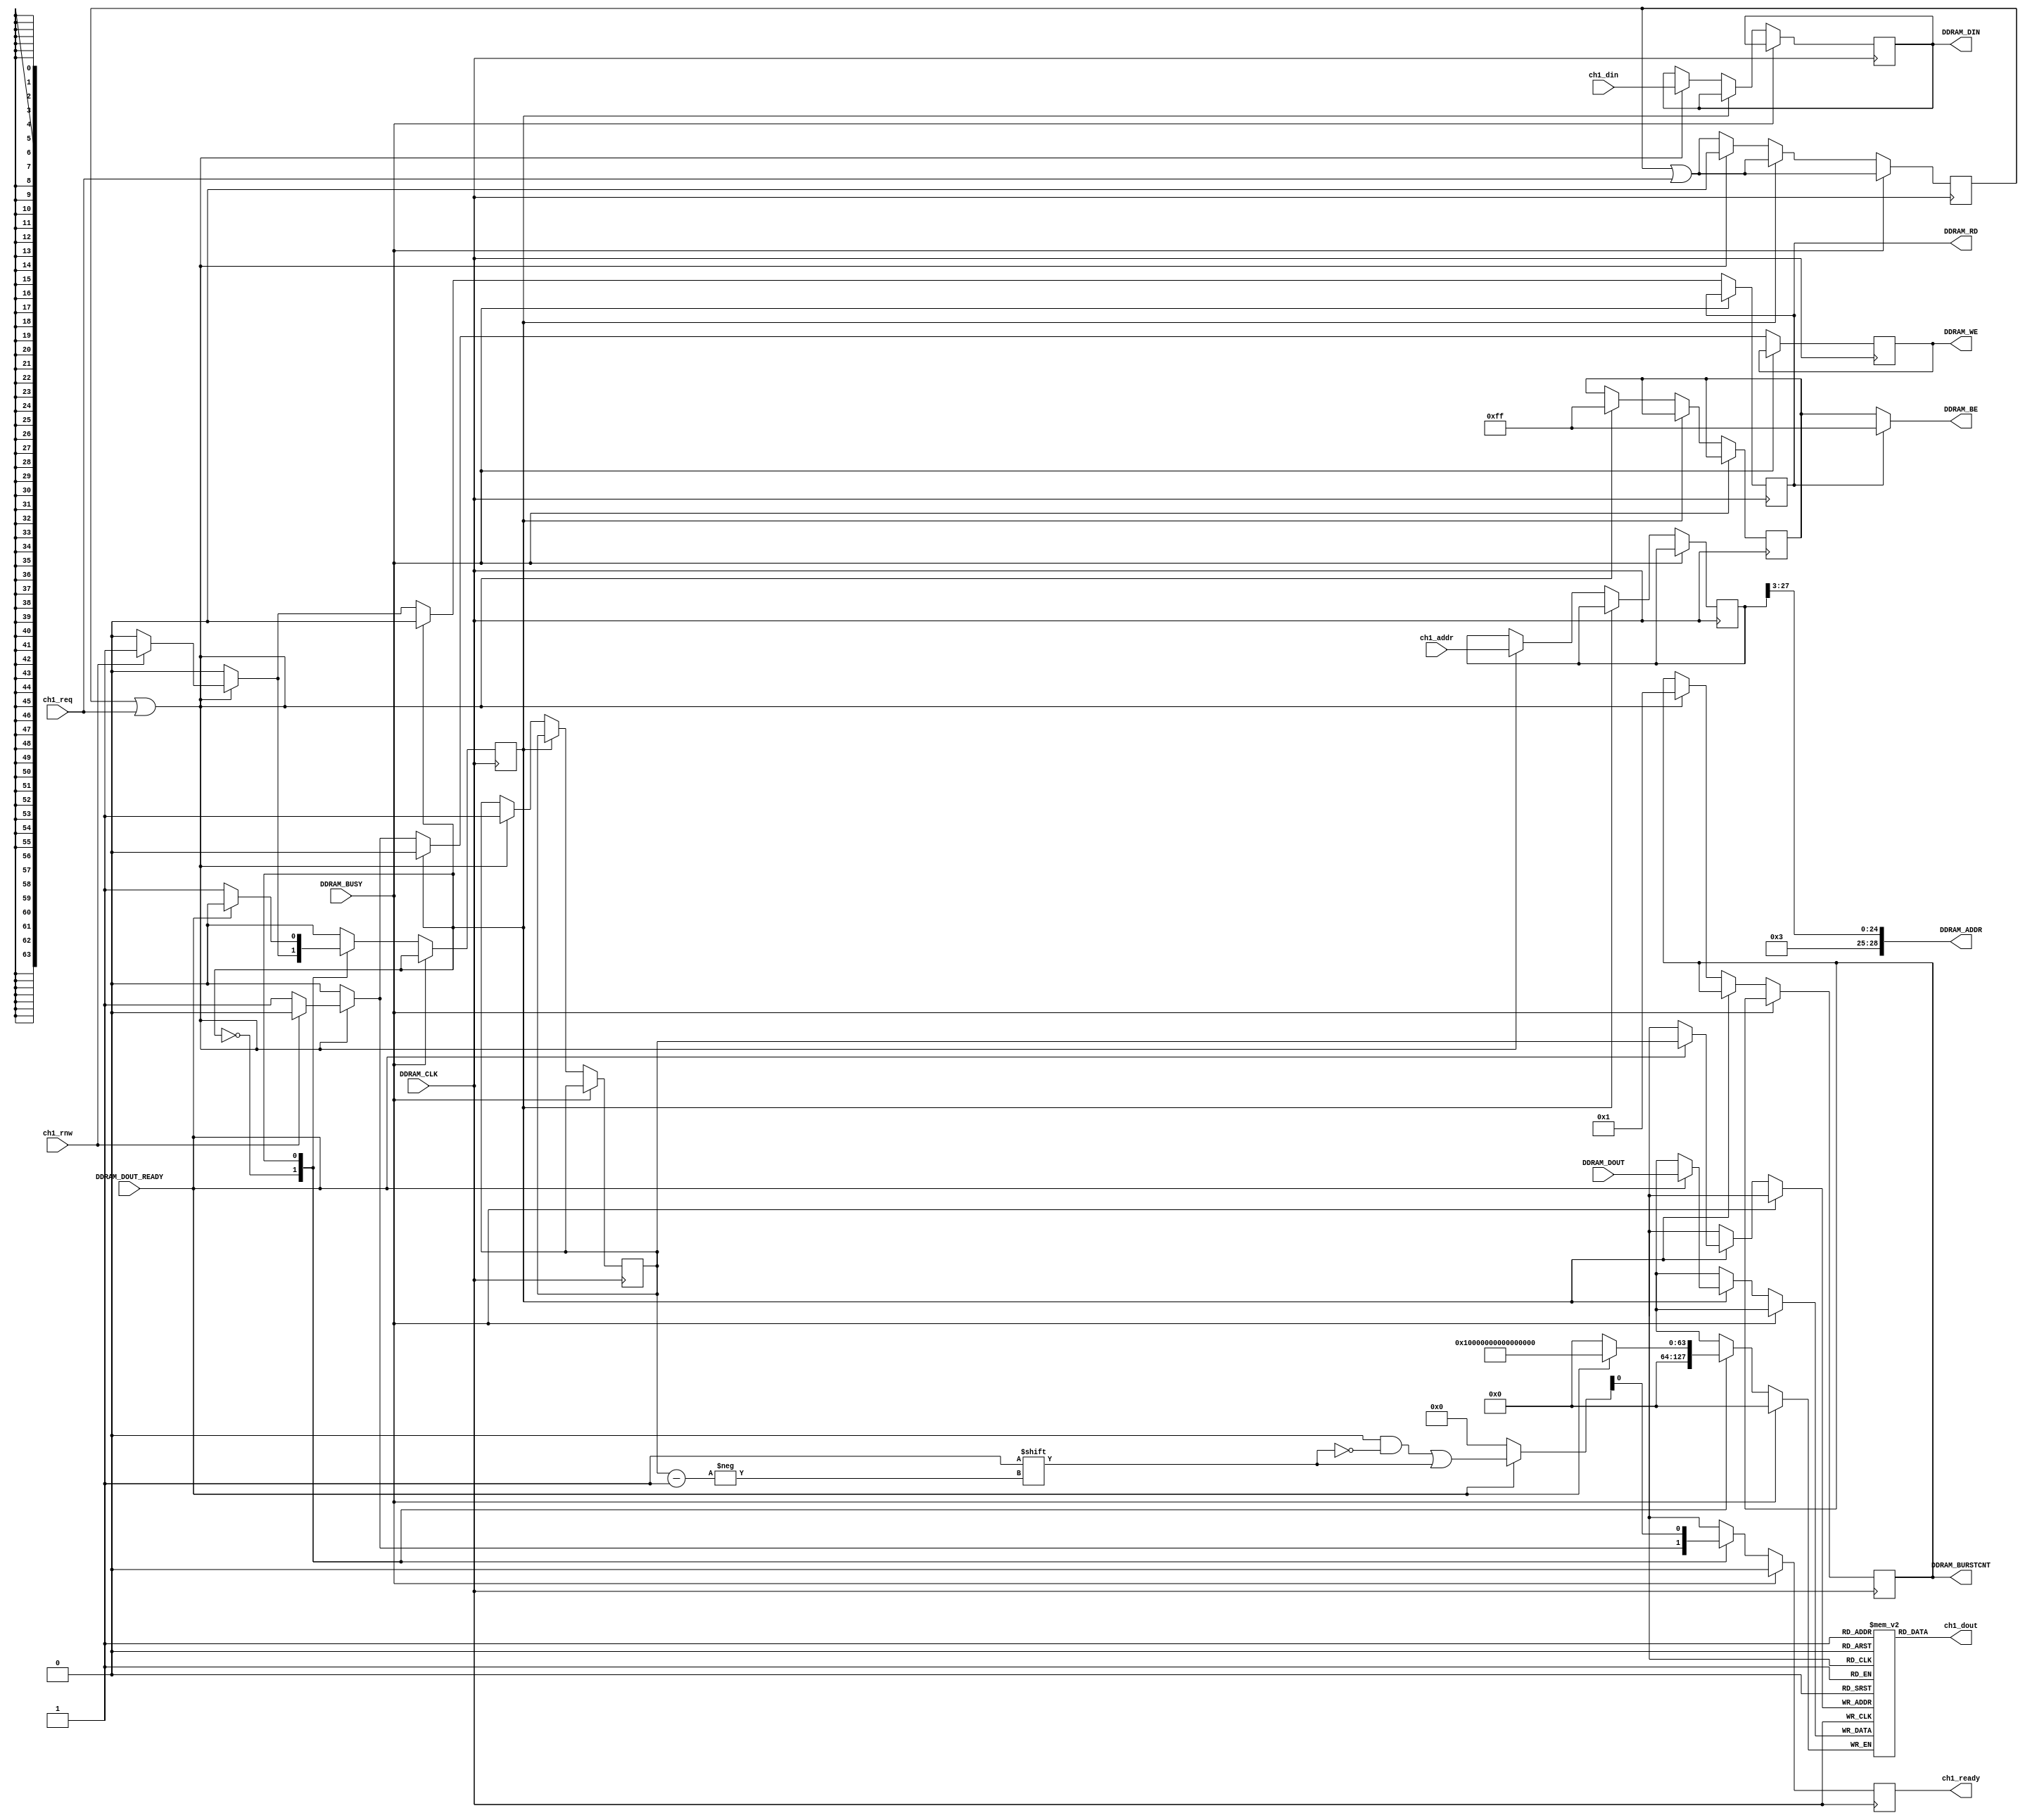
//
// ddram.v
// Copyright (c) 2019 Sorgelig
//
//
// This source file is free software: you can redistribute it and/or modify
// it under the terms of the GNU General Public License as published
// by the Free Software Foundation, either version 3 of the License, or
// (at your option) any later version. 
//
// This source file is distributed in the hope that it will be useful,
// but WITHOUT ANY WARRANTY; without even the implied warranty of 
// MERCHANTABILITY or FITNESS FOR A PARTICULAR PURPOSE.  See the 
// GNU General Public License for more details.
//
// You should have received a copy of the GNU General Public License 
// along with this program.  If not, see <http://www.gnu.org/licenses/>.
//
// ------------------------------------------
//

module ddram
(
	input         DDRAM_CLK,
	input         DDRAM_BUSY,
	output  [7:0] DDRAM_BURSTCNT,
	output [28:0] DDRAM_ADDR,
	input  [63:0] DDRAM_DOUT,
	input         DDRAM_DOUT_READY,
	output        DDRAM_RD,
	output [63:0] DDRAM_DIN,
	output  [7:0] DDRAM_BE,
	output        DDRAM_WE,
	
	input  [27:0] ch1_addr,
	output [63:0] ch1_dout,
	input  [63:0] ch1_din,
	input         ch1_req,
	input         ch1_rnw,
	output        ch1_ready
);

reg  [7:0] ram_burst;
reg [63:0] ram_q[1:1];
reg [63:0] ram_data;
reg [27:0] ram_address;
reg        ram_read = 0;
reg        ram_write = 0;
reg  [7:0] ram_be;

reg  [5:1] ready;

assign DDRAM_BURSTCNT = ram_burst;
assign DDRAM_BE       = ram_read ? 8'hFF : ram_be;
assign DDRAM_ADDR     = {4'b0011, ram_address[27:3]}; // RAM at 0x30000000
assign DDRAM_RD       = ram_read;
assign DDRAM_DIN      = ram_data;
assign DDRAM_WE       = ram_write;

assign ch1_dout  = ram_q[1];
assign ch1_ready = ready[1];

reg        state  = 0;
reg  [0:0] ch = 0; 
reg  [1:1] ch_rq;

always @(posedge DDRAM_CLK) begin


	ch_rq <= ch_rq | {ch1_req};
	ready <= 0;

	if(!DDRAM_BUSY) begin
		ram_write <= 0;
		ram_read  <= 0;

		case(state)
			0: if(ch_rq[1] || ch1_req) begin
					ch_rq[1]         <= 0;
					ch               <= 1;
					ram_data         <= ch1_din;
					ram_be           <= 8'hFF;
					ram_address      <= ch1_addr;
					ram_burst        <= 'd1;
					if(~ch1_rnw) begin
						ram_write     <= 1;
						ready[1]      <= 1;
					end
					else begin
						ram_read      <= 1;
						state         <= 1;
					end
            end

			1: if(DDRAM_DOUT_READY) begin
					ram_q[ch]        <= DDRAM_DOUT;
					ready[ch]        <= 1;
					state            <= 0;
				end

		endcase
	end
end

endmodule